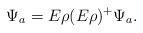
LaTeX: \begin{align*}\Psi_a=E\rho(E\rho)^+\Psi_a.\end{align*}